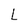
Character: L